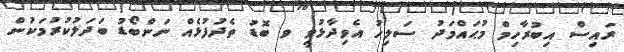
ރައިސް އިބުރާހިމް މުޙައްމަދު ސަލިހު އެވިދާޅުވީ ވ ބޮޑު ތެދުފުޅެއް ނަންބޯޑު ބަދަލުކުރުމަކުން